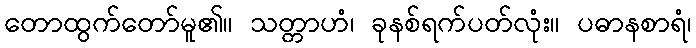
တောထွက်တော်မူ၏။ သတ္တာဟံ၊ ခုနစ်ရက်ပတ်လုံး။ ပဓာနစာရံ၊